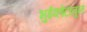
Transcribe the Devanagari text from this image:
भुईकोटातून